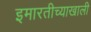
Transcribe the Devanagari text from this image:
इमारतीच्याखाली